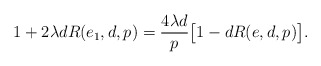
\begin{align*}1+2\lambda d R(e_1,d,p)=\frac{4\lambda d}{p}\big[1-dR(e,d,p)\big].\end{align*}